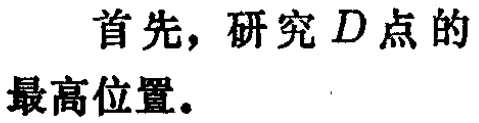
首先，研究 \(D\) 点的最高位置。